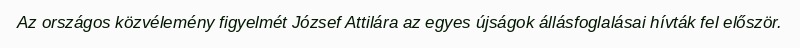
Az országos közvélemény figyelmét József Attilára az egyes újságok állásfoglalásai hívták fel először.